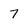
Character: 7